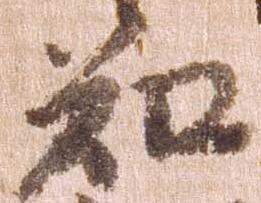
知